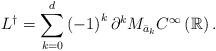
LaTeX: \begin{align*}L^{\dag}=\sum_{k=0}^{d}\left( -1\right) ^{k}\partial^{k}M_{\bar{a}_{k}}C^{\infty}\left( \mathbb{R}\right) . \end{align*}